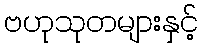
ဗဟုသုတများနှင့်